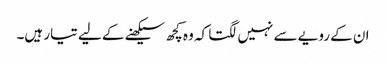
ان کے رویے سے نہیں لگتا کہ وہ کچھ سیکھنے کے لیے تیار ہیں۔